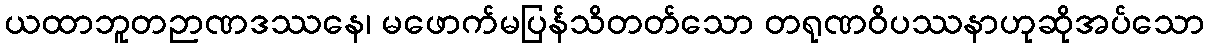
ယထာဘူတဉာဏဒဿနေ၊ မဖောက်မပြန်သိတတ်သော တရုဏဝိပဿနာဟုဆိုအပ်သော